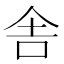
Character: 舎